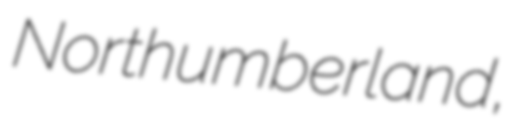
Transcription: Northumberland,